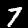
Digit: 7